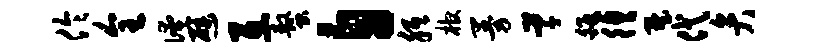
伶全淹避互螯自胝棺曼草皈徨墅代弁